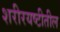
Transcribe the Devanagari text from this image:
शरीरयष्टीतील